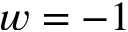
w = - 1